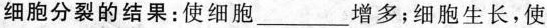
细胞分裂的结果：使细胞___增多；细胞生长，使